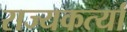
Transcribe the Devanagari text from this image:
राज्यकर्त्यां